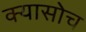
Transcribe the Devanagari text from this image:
क्यासोच